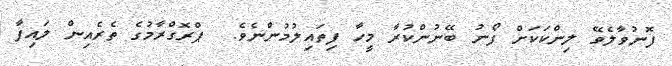
ފޮނުވާލެވޭ ލިންކަކަށް ފޯނު ބޭނުންކުރާ މީހާ ފިތައިލުމުންނެވެ.  ޕްރޮގްރާމުގެ ތެރެއިން ލައިފާ